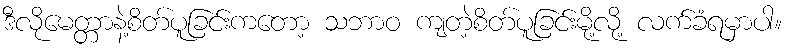
ဒီလိုမေတ္တာနဲ့စိတ်ပူခြင်းကတော့ သဘာဝ ကျတဲ့စိတ်ပူခြင်းမို့လို့ လက်ခံရမှာပါ။